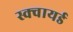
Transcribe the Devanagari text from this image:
स्क्वायर्ड